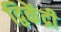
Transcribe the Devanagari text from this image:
द्विकेंद्री